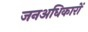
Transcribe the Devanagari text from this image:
जनअधिकारों